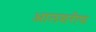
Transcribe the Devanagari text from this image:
आलशरीफ